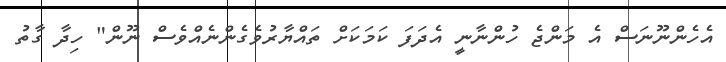
އެހެންނޫނަސް އެ މަންޖެ ހުންނާނީ އެދަފަ ކަމަަކަށް ތައްޔާރުވެގެންނެއްވެސް ނޫން" ހިދާ ގާތު